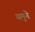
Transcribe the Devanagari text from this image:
यमुने